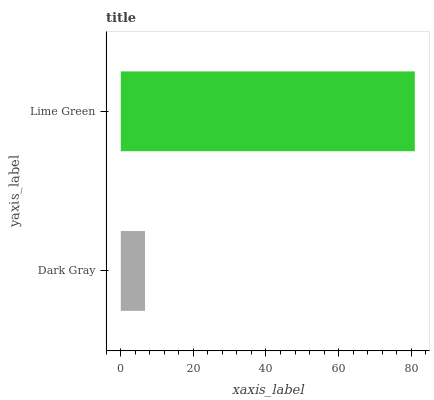
| yaxis_label | bars |
 | --- | --- |
 | Dark Gray | 6.67 |
 | Lime Green | 81 |